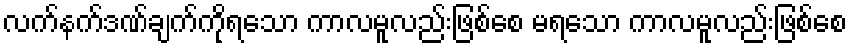
လက်နက်ဒဏ်ချက်ကိုရသော ကာလမူလည်းဖြစ်စေ မရသော ကာလမူလည်းဖြစ်စေ